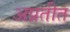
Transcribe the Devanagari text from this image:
अप्रतीत